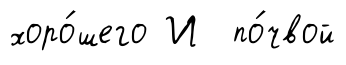
хоро́шего И по́чвой